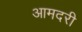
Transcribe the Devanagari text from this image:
आमदरी